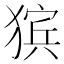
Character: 㺍